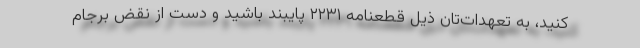
کنید، به تعهدات‌تان ذیل قطعنامه ۲۲۳۱ پایبند باشید و دست از نقض برجام